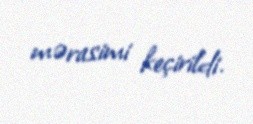
mərasimi keçirildi.